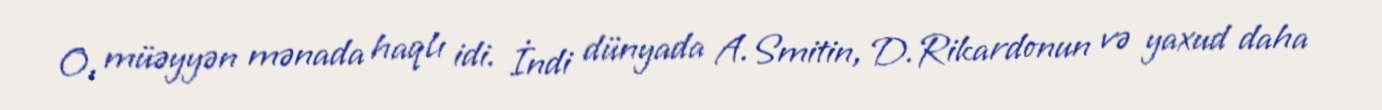
O, müəyyən mənada haqlı idi. İndi dünyada A.Smitin, D.Rikardonun və yaxud daha